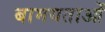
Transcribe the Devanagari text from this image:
बामयताओं